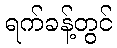
ရက်ခန့်တွင်